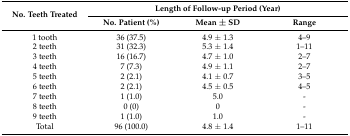
<table><thead><tr><td rowspan="2"><b>No. Teeth Treated</b></td><td colspan="3"><b>Length of Follow-up Period (Year)</b></td></tr><tr><td><b>No. Patient (%)</b></td><td><b>Mean ± SD</b></td><td><b>Range</b></td></tr></thead><tbody><tr><td>1 tooth</td><td>36 (37.5)</td><td>4.9 ± 1.3</td><td>4–9</td></tr><tr><td>2 teeth</td><td>31 (32.3)</td><td>5.3 ± 1.4</td><td>1–11</td></tr><tr><td>3 teeth</td><td>16 (16.7)</td><td>4.7 ± 1.0</td><td>2–7</td></tr><tr><td>4 teeth</td><td>7 (7.3)</td><td>4.9 ± 1.1</td><td>2–7</td></tr><tr><td>5 teeth</td><td>2 (2.1)</td><td>4.1 ± 0.7</td><td>3–5</td></tr><tr><td>6 teeth</td><td>2 (2.1)</td><td>4.5 ± 0.5</td><td>4–5</td></tr><tr><td>7 teeth</td><td>1 (1.0)</td><td>5.0 </td><td>-</td></tr><tr><td>8 teeth</td><td>0 (0)</td><td>0</td><td>-</td></tr><tr><td>9 teeth</td><td>1 (1.0)</td><td>1.0 </td><td>-</td></tr><tr><td>Total</td><td>96 (100.0)</td><td>4.8 ± 1.4</td><td>1–11</td></tr></tbody></table>